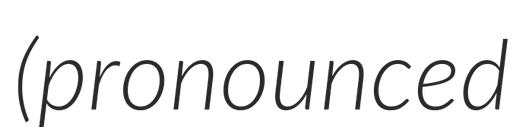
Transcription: (pronounced